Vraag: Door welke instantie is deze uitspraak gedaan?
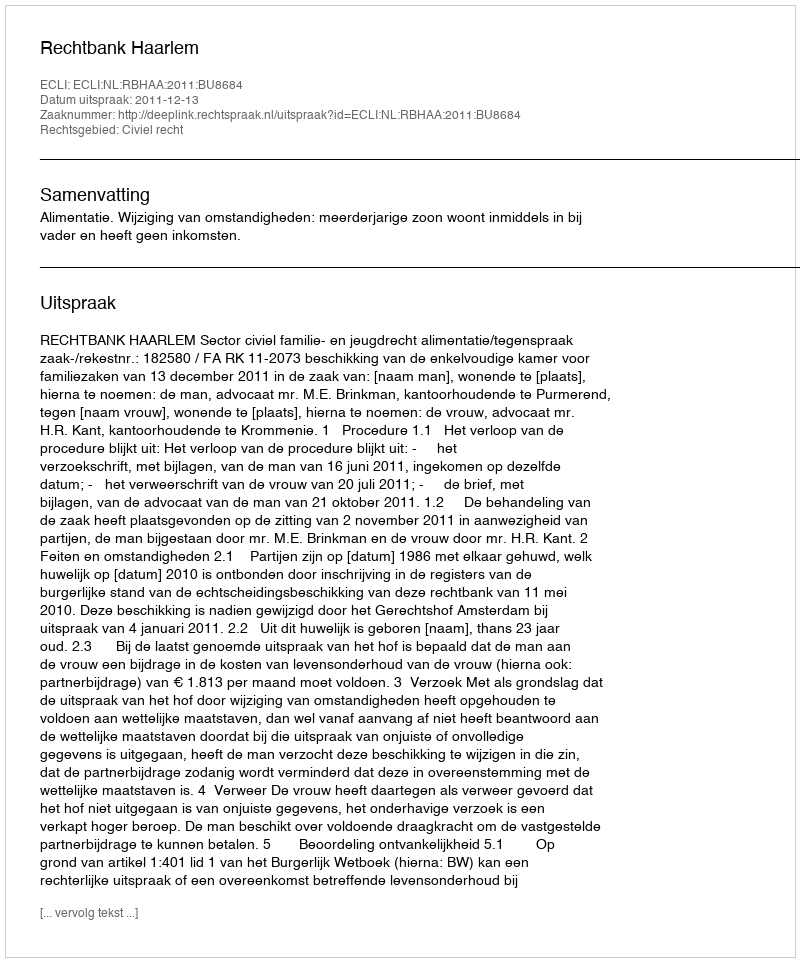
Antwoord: Rechtbank Haarlem